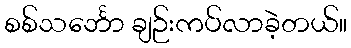
စစ်သင်္ဘော ချဉ်းကပ်လာခဲ့တယ်။